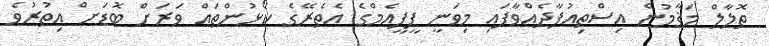
ތޮލާލް މަޤާމުން އިސްތިއުފާދެއްވާފައި މިވަނީ ޕީޕީއެމްގެ އެތެރޭގެ ކޯޅުންތައް ވަރަށް ބޮޑަށް އިތުރުވެ